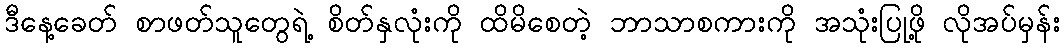
ဒီနေ့ခေတ် စာဖတ်သူတွေရဲ့ စိတ်နှလုံးကို ထိမိစေတဲ့ ဘာသာစကားကို အသုံးပြုဖို့ လိုအပ်မှန်း